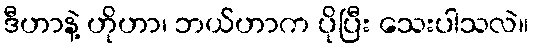
ဒီဟာနဲ့ ဟိုဟာ၊ ဘယ်ဟာက ပိုပြီး သေးပါသလဲ။